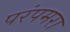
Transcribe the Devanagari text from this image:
परंपमरा